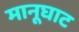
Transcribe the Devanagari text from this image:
मानूघाट